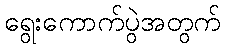
ရွေးကောက်ပွဲအတွက်